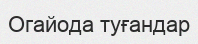
Огайода туғандар